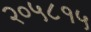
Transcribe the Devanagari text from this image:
२०५८१५